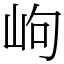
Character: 岣